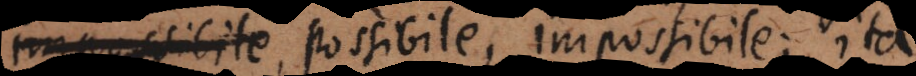
, possibile, impossibile; ita